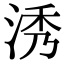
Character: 𣵛